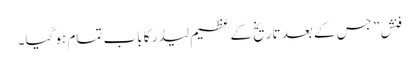
فنش” جس کے بعد تاریخ کے عظیم لیڈر کا باب تمام ہو گیا۔